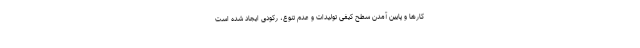
کارها و پایین آمدن سطح کیفی تولیدات و عدم تنوع، رکودی ایجاد شده است